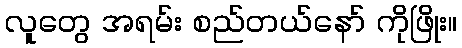
လူတွေ အရမ်း စည်တယ်နော် ကိုဖြိုး။